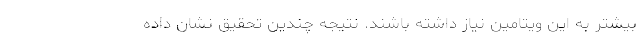
بیشتر به این ویتامین نیاز داشته باشند. نتیجه چندین تحقیق نشان داده